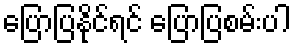
ပြောပြနိုင်ရင် ပြောပြစမ်းပါ